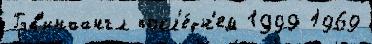
Гэв'инаангл посл'е́дн'ем 1999 1969